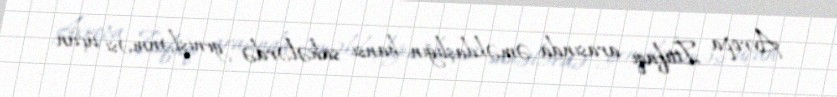
Avropa İttifaqı arasında əməkdaşlığın hansı sahələrdə genişlənməsi üçün